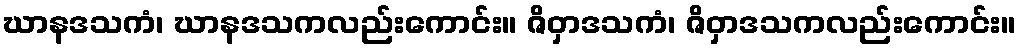
ဃာနဒသကံ၊ ဃာနဒသကလည်းကောင်း။ ဇိဝှာဒသကံ၊ ဇိဝှာဒသကလည်းကောင်း။